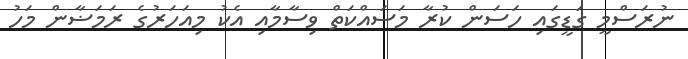
ނުރަސްމީ ގަޑީގައި ހަސަން ކުރާ މަސައްކަތް ވިސާމާއި އެކު މިއަހަރުގެ ރަމަޟާން މަހު